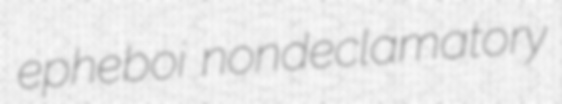
epheboi nondeclamatory